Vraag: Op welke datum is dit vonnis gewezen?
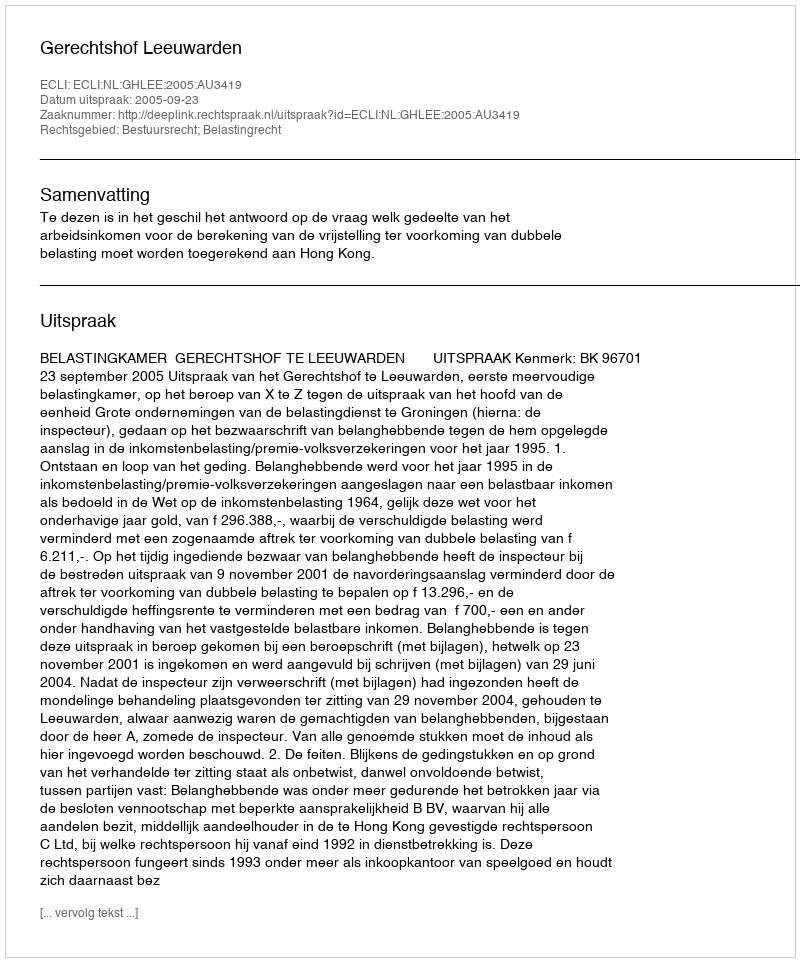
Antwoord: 2005-09-23